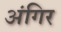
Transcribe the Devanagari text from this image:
अंगिर